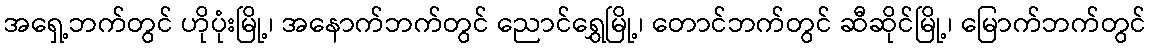
အရှေ့ဘက်တွင် ဟိုပုံးမြို့၊ အနောက်ဘက်တွင် ညောင်ရွှေမြို့၊ တောင်ဘက်တွင် ဆီဆိုင်မြို့၊ မြောက်ဘက်တွင်